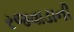
રજવાડાની